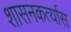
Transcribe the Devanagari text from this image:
शासनकर्त्यास